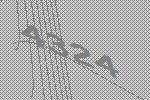
4324